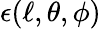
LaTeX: \epsilon(\ell,\theta,\phi)